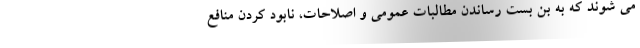
می شوند که به بن بست رساندن مطالبات عمومی و اصلاحات، نابود کردن منافع